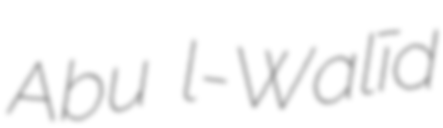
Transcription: Abu ʾl-Walīd